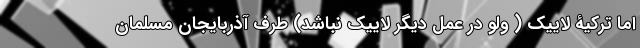
اما ترکیۀ لاییک ( ولو در عمل دیگر لاییک نباشد) طرف آذربایجانِ مسلمان